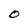
Character: O